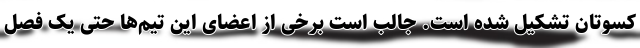
کسوتان تشکیل شده است. جالب است برخی از اعضای این تیم‌ها حتی یک فصل